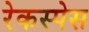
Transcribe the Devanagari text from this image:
रेकस्पेस